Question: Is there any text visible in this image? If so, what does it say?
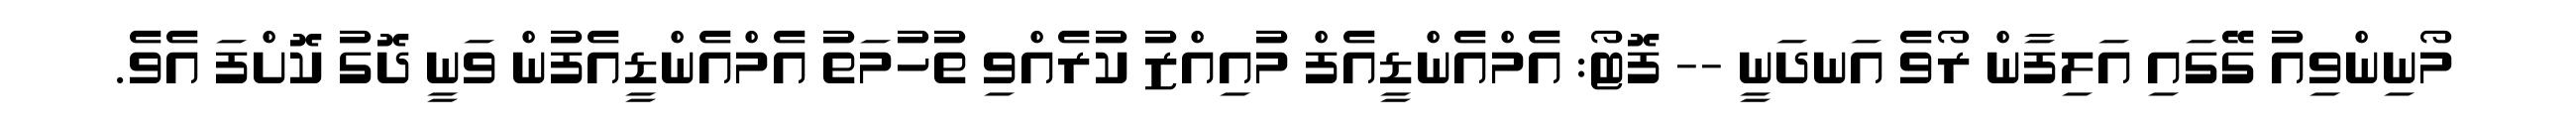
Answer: މޯނިންވިއު ގޭގައި އަލިފާން ރޯވެ އަނދަނީ -- ފޮޓޯ: އެމްއެންޑީއެފް މުއިއްޒު ކުރެއްވި ތުހުމަތު އެމްއެންޑީއެފުން ވަނީ ދޮގު ކޮށްފަ އެވެ.